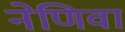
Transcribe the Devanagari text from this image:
नेणिवा